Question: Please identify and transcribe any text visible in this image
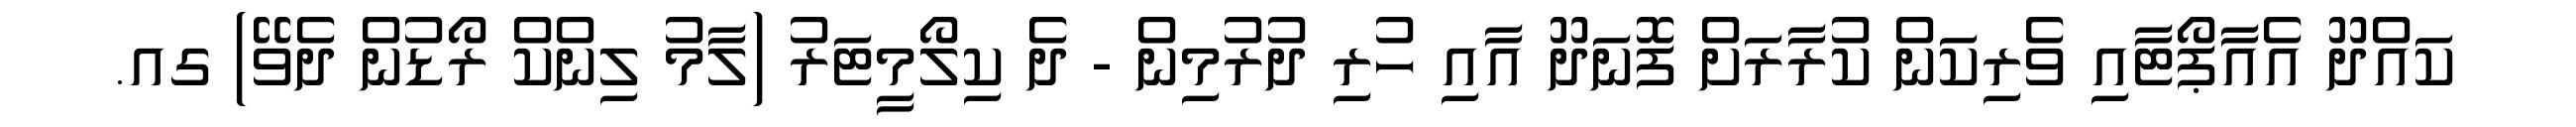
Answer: ކައްދޫ އެއާޕޯޓާއި ވެރިކަން ކުރާރަށް ފޮނަދޫ އާއި ހުރި ދުރުމިން - ދެ ކިލޯމީޓަރު (ލާމު ލިންކް ރޯޑުން ދެވޭ) ގއ.